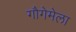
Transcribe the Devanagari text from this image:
गौगेमेला